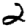
Digit: 2